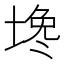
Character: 𰊅